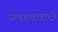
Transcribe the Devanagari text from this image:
प्रत्यक्षतावादी